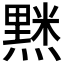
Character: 𮮘